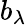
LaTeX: b_{\lambda}